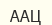
ААЦ